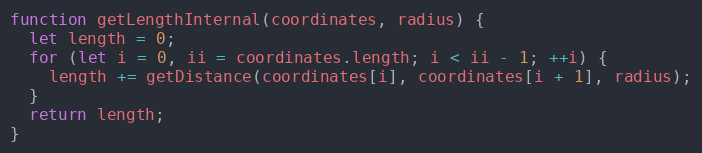
Language: JavaScript
function getLengthInternal(coordinates, radius) {
  let length = 0;
  for (let i = 0, ii = coordinates.length; i < ii - 1; ++i) {
    length += getDistance(coordinates[i], coordinates[i + 1], radius);
  }
  return length;
}